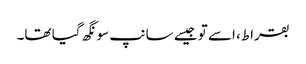
بقراط، اسے تو جیسے سانپ سونگھ گیا تھا۔